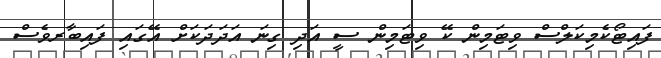
ފައިޓޯކެމިކަލްސް ވިޓަމިން ކޭ ވިޓަމިން ސީ އަދި ގިނަ އަދަދަކަށް އޭގައި ފައިބާރވެސް